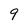
Character: 9